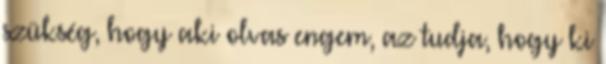
szükség, hogy aki olvas engem, az tudja, hogy ki